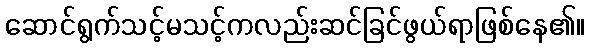
ဆောင်ရွက်သင့်မသင့်ကလည်းဆင်ခြင်ဖွယ်ရာဖြစ်နေ၏။